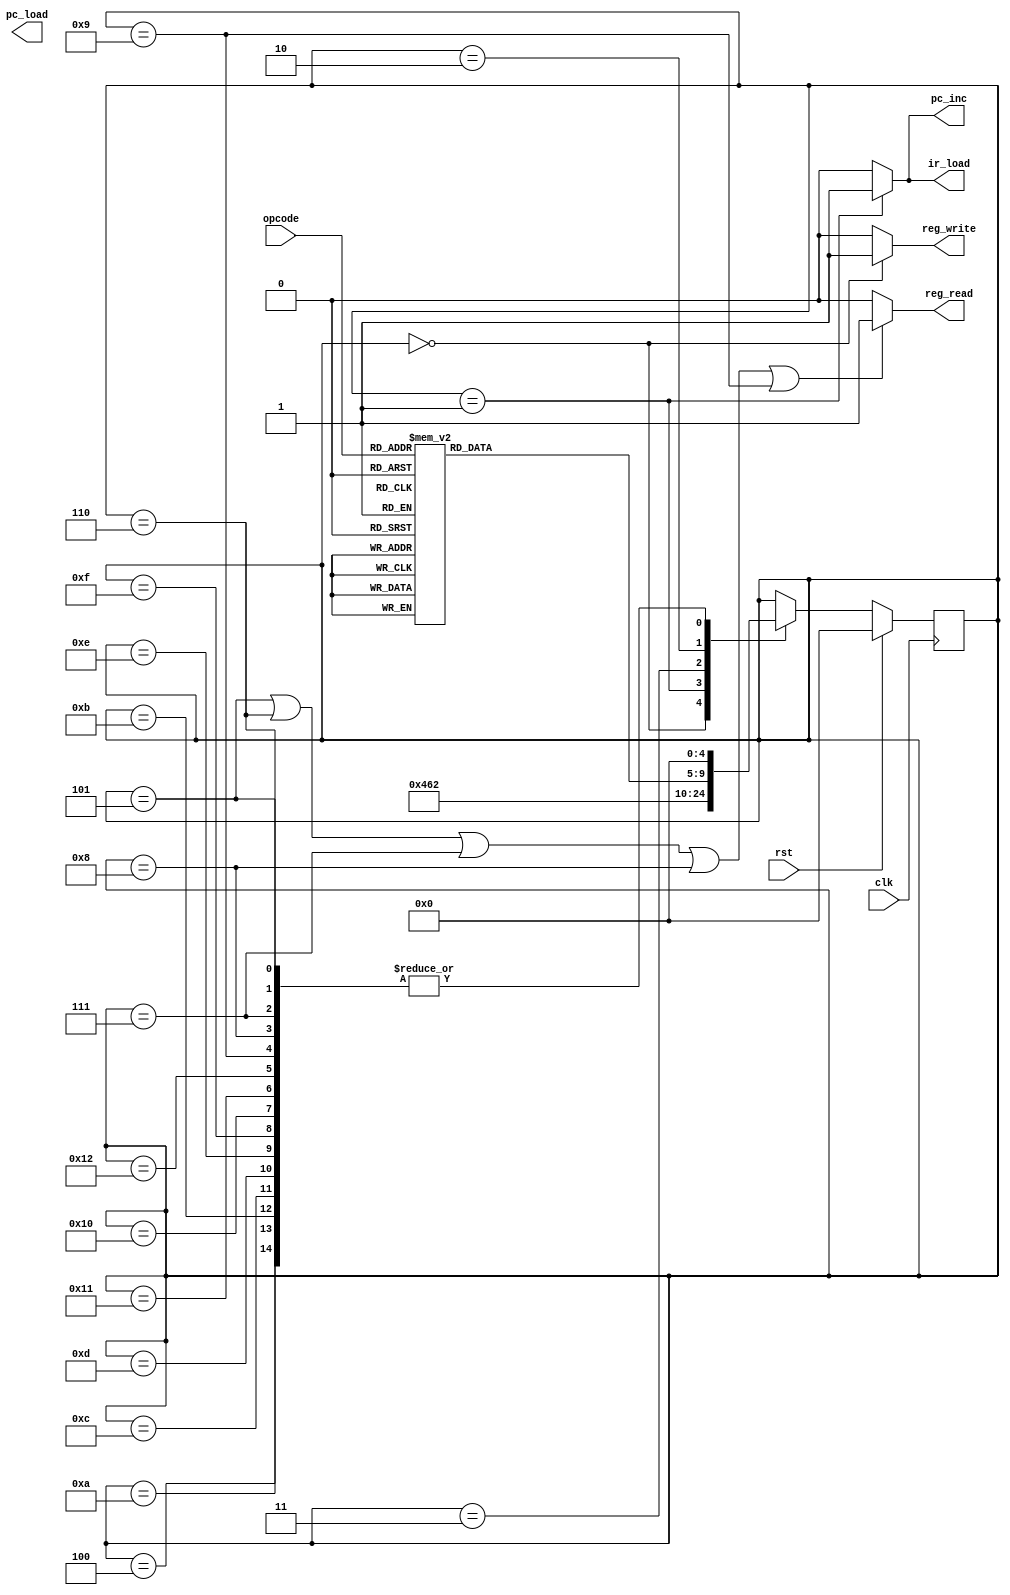
`timescale 1ns / 1ps

`define NOP 5'b00000
`define ADD 5'b00001
`define SUB 5'b00010
`define OR  5'b00011
`define AND 5'b00100
`define NOT 5'b00101
`define XOR 5'b00110
`define CMP 5'b00111
`define BXX 5'b01000
`define JMP 5'b01001
`define LD  5'b01010
`define LDI 5'b01011
`define LDX 5'b01100
`define ST  5'b01101
`define STX 5'b01110
`define HLT 5'b11111

//////////////////////////////////////////////////////////////////////////////////
// Company: 
// Engineer: 
// 
// Design Name: 
// Module Name: Control_Unit
// Project Name: 
// Target Devices: 
// Tool Versions: 
// Description: 
// 
// Dependencies: 
// 
// Revision:
// Revision 0.01 - File Created
// Additional Comments:
// 
//////////////////////////////////////////////////////////////////////////////////
module Control_Unit(
 
    //input [4:0] branch,
    input rst,
    input clk,
 
    input [4:0] opcode, // for the instructions
    
    output ir_load,
    output pc_load,
    output pc_inc,

    output reg_write,
    output reg_read
    //output pc_jmp,
    //output pc_branch,
    //output [3:0]branch_cond,
    
    //output reg_addr_read_1,
    //output reg_addr_read_2,
    //output reg_addr_write,

    
);

  
// Variable to control the states
reg [4:0] state; // we only have 5 states -> start, fetch, decode, wait and execute the specific instruction

// States of the Control Unit
parameter s_start   = 5'b00000,
          s_fetch   = 5'b00001,
          s_decode  = 5'b00010,
          s_wait = 5'b00011,
          
          // INSTRUCTION STATES
          s_nop     = 5'b00100,
          s_add     = 5'b00101,
          s_or      = 5'b00110,
          s_and     = 5'b00111,
          s_not     = 5'b01000,
          s_xor     = 5'b01001,
          s_cmp     = 5'b01010,
          s_bxx     = 5'b01011,
          s_jmp     = 5'b01100,
          s_ld      = 5'b01101,
          s_ldi     = 5'b01110,
          s_ldx     = 5'b01111,
          s_st      = 5'b10000,
          s_stx     = 5'b10001,
          s_hlt     = 5'b10010;

// Initialize the state
initial begin 
    state <= s_start; // Defining the first state as the start state
end

always @(posedge clk) begin
    if (rst) begin
        state <= s_start;
    end else if (!rst) begin
        case (state)
            s_start: state <= s_fetch;
            s_fetch: state <= s_wait;
            s_wait: state <= s_decode; //
            s_decode: begin
                case (opcode)
                    `NOP : state <= s_nop;
                    
                    `ADD : state <= s_add;
                    
                    `OR  : state <= s_or;
                    
                    `AND : state <= s_and;
                    
                    `NOT : state <= s_not;
                    
                    `XOR : state <= s_xor;
                    
                    `CMP : state <= s_cmp;
                    
                    `BXX : state <= s_bxx; //BRANCHES
                    
                    `JMP : state <= s_jmp;
                    
                    `LD  : state <= s_ld;
                    
                    `LDI : state <= s_ldi;
                    
                    `LDX : state <= s_ldx;
                    
                    `ST  : state <= s_st;
                    
                    `STX : state <= s_stx;
                    
                    `HLT : state <= s_hlt;
                    
                    default: state <= s_start;
                endcase
              end
          s_nop: state <= s_start; 
          s_add: state <= s_start;     
          s_or: state <= s_start; 
          s_and: state <= s_start; 
          s_not: state <= s_start; 
          s_xor: state <= s_start; 
          s_cmp: state <= s_start; 
          s_bxx: state <= s_start; 
          s_jmp: state <= s_start; 
          s_ld: state <= s_start; 
          s_ldi: state <= s_start; 
          s_ldx: state <= s_start; 
          s_st: state <= s_start; 
          s_stx: state <= s_start; 
          s_hlt: state <= s_start; 
        endcase
    end
end

assign ir_load = (state == s_fetch) ? 1'b1 : 1'b0;

assign pc_inc = (state == s_fetch) ? 1'b1 : 1'b0;

assign reg_read = (state == s_add || state == s_add  || state == s_or ||
                 state == s_and || state == s_not  || state == s_xor) ? 1'b1 : 1'b0;

assign reg_write = (state == s_start) ? 1'b1 : 1'b0;

//assign pc_load = (state == s_decode) ? 1'b1 : 1'b0;

//assign pc_jmp = (state == s_jmp) ? 1'b1 : 1'b0;

//assign pc_branch = (state == s_bxx) ? 1'b1 : 1'b0; 

//assign reg_write = (state == s_start) ? 1'b1 : 1'b0;

//assign reg_read = (state == s_add || state == s_add  || state == s_or ||
//                  state == s_and || state == s_not  || state == s_xor) ? 1'b1 : 1'b0;

/*
assign pc_inc_offset = (state == s_sjmp) ? 1'b1 : 1'b0;
//Jump if not zero
assign pc_jmp_z = (state == s_jz) ? 1'b1 : 1'b0;
//Jump if zero
assign pc_jmp_nz = (state == s_jnz) ? 1'b1 : 1'b0;
//Jump if not cary
assign pc_jmp_nc = (state == s_jnc) ? 1'b1 : 1'b0;
*/


endmodule